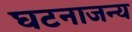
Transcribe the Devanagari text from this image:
घटनाजन्य